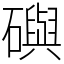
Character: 礖